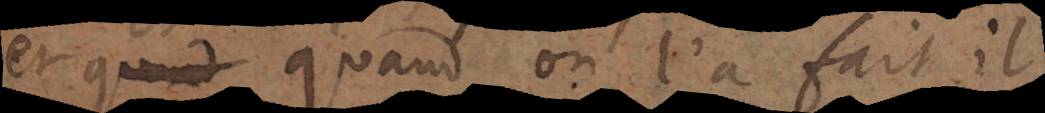
et quand on l’a fait il